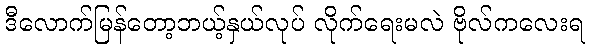
ဒီလောက်မြန်တော့ဘယ့်နှယ်လုပ် လိုက်ရေးမလဲ ဗိုလ်ကလေးရ